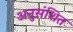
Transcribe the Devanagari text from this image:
अनुसंशित